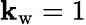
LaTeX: {\mathbf{k}_{\mathrm{{w}}}=1}